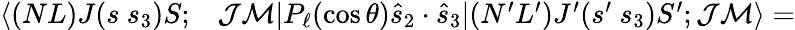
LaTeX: \begin{array}{rl}{\langle(NL)J(s~s_{3})S;}&{{}\mathcal{J}\mathcal{M}|P_{\ell}(\cos\theta)\hat{s}_{2}\cdot\hat{s}_{3}|(N^{\prime}L^{\prime})J^{\prime}(s^{\prime}~s_{3})S^{\prime};\mathcal{J}\mathcal{M}\rangle=}\end{array}